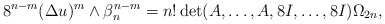
\begin{align*} 8^{n-m} (\Delta u)^m\wedge \beta_n ^{n-m} =n!\det (A,\dots,A,8I,\dots,8I )\Omega_{2n}, \end{align*}